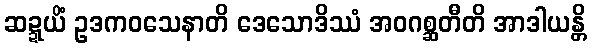
ဆဍ္ဍယိံ ဥဒကဝသေနာတိ ဒေသောဒိဿံ အဝဂစ္ဆတီတိ အာဒါယန္တိ